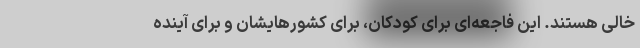
خالی هستند. این فاجعه‌ای برای کودکان، برای کشورهایشان و برای آینده